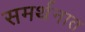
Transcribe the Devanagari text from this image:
समर्थनात